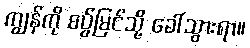
ကျွန်ကို စပ်ွ်မြင်သို့ ခေါ်သွားရာ။